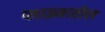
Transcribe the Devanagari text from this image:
प्लाझ्मातील